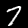
Label: 7